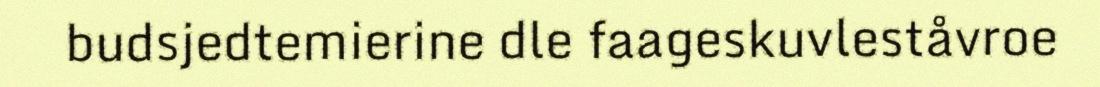
budsjedtemierine dle faageskuvleståvroe